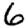
Digit: 6